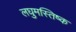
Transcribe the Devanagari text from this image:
लघुमस्तिष्क